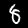
Label: 8